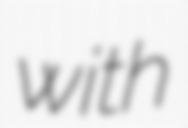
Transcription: with